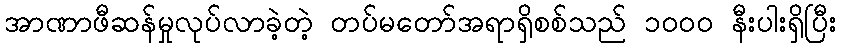
အာဏာဖီဆန်မှုလုပ်လာခဲ့တဲ့ တပ်မတော်အရာရှိစစ်သည် ၁၀၀၀ နီးပါးရှိပြီး